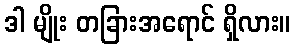
ဒါ မျိုး တခြားအရောင် ရှိလား။